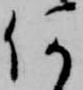
何